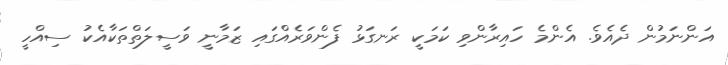
އަންނަމުން ދެއެވެ. އެންމެ ހައިރާންވި ކަމަކީ ރަނގަޅު ފެންވަރެއްގައި ޒަމާނީ ވަސީލަތްތަކާއެކު ސިއްހީ